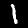
Label: 1